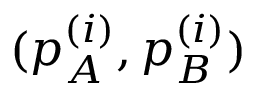
( p _ { A } ^ { ( i ) } , p _ { B } ^ { ( i ) } )